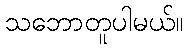
သဘောတူပါမယ်။